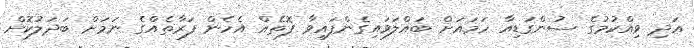
އަދި ވިއްކުމުގެ ސުންގަޑިއާ ހަމައަށް ބައްލަވައިގެންފައިވާ ފޮތެއް އެހެން ފަރާތެއްގެ ނަމަށް ބަދަލުކޮށް